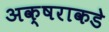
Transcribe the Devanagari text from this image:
अक्षराकडे